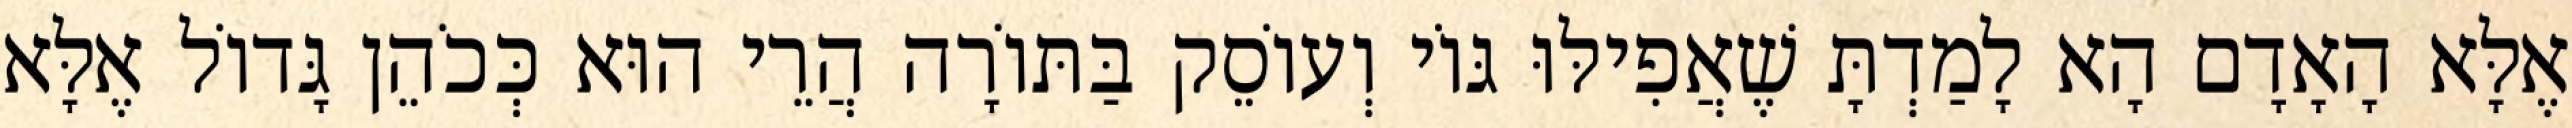
אֶלָּא הָאָדָם הָא לָמַדְתָּ שֶׁאֲפִילּוּ גּוֹי וְעוֹסֵק בַּתּוֹרָה הֲרֵי הוּא כְּכֹהֵן גָּדוֹל אֶלָּא